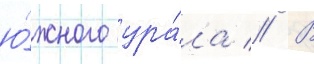
ю́жного ура́ла // В